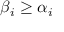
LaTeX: \beta _ { i } \geq \alpha _ { i }